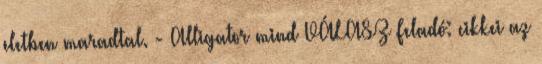
eletben maradtal. - Alligator mind VÁLASZ Feladó: cikkei az